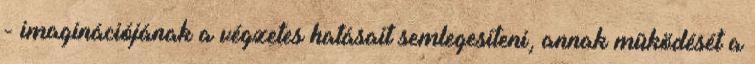
- imaginációjának a végzetes hatásait semlegesíteni, annak mûködését a